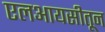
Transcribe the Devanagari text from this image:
एलआयसीतून